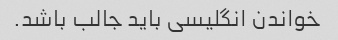
خواندن انگلیسی باید جالب باشد.